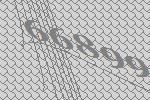
66899